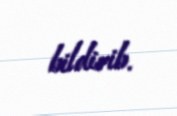
bildirib.